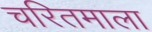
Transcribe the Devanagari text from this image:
चरितमाला